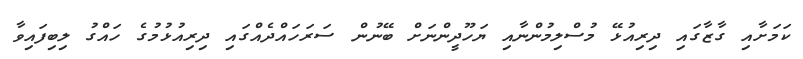
ކަމަށާއި ގާޒާގައި ދިރިއުޅޭ މުސްލިމުންނާއި ޔަހޫދީންނަށް ބޭނުން ސަރަހައްދެއްގައި ދިރިއުޅުމުގެ ހައްގު ލިބިފައިވާ